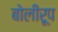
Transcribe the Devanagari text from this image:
बोलीरूप